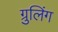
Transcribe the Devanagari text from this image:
ग्रुलिंग